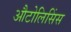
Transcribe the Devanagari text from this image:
औटोलिसिंस